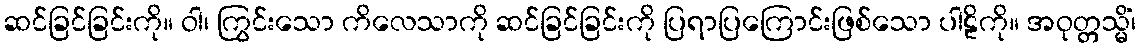
ဆင်ခြင်ခြင်းကို။ ဝါ၊ ကြွင်းသော ကိလေသာကို ဆင်ခြင်ခြင်းကို ပြရာပြကြောင်းဖြစ်သော ပါဠိကို။ အဝုတ္တသ္မိံ၊